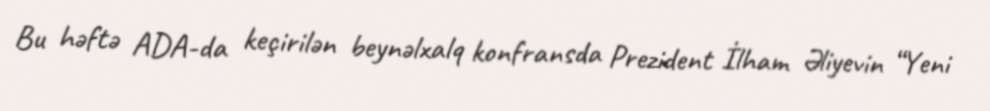
Bu həftə ADA-da keçirilən beynəlxalq konfransda Prezident İlham Əliyevin “Yeni